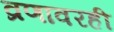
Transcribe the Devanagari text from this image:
व्रणावरही